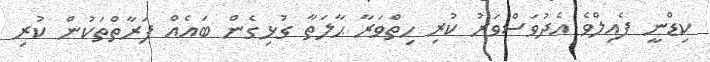
ކިޑްނީ ފެއިލްވެ އެދުވަސްވަރު ކުރި ހިތްވަރާ ޙާލަތާ ގުޅިގެން ބައެއް ފަރާތްތަކުން ކުރި